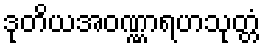
ဒုတိယအဝဏ္ဏာရဟသုတ္တံ